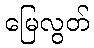
မြေလွတ်